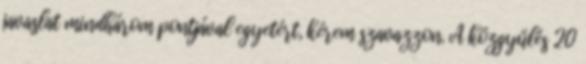
javaslat mindhárom pontjával egyetért, kérem szavazzon. A közgyűlés 20